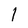
Character: 1